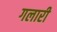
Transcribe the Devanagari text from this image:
गलारी